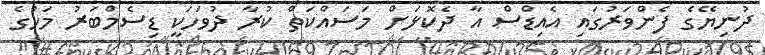
ދުނިޔޭގެ ފެންވަރުގައި އެއިޑްސް އާ ދެކޮޅަށް މަސައްކަތް ކުރާ ދުވަހަކީ ޑިސެމްބަރު މަހުގެ